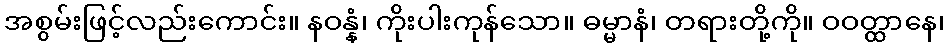
အစွမ်းဖြင့်လည်းကောင်း။ နဝန္နံ၊ ကိုးပါးကုန်သော။ ဓမ္မာနံ၊ တရားတို့ကို။ ဝဝတ္ထာနေ၊